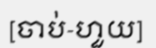
[ចាប់-ហួយ]